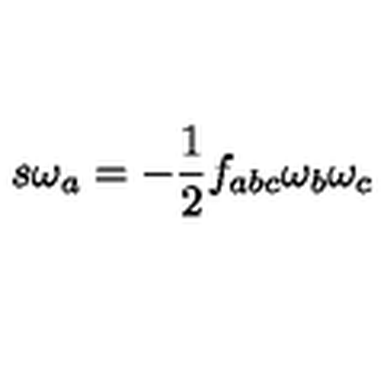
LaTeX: s \omega _ { a } = - \frac { 1 } { 2 } f _ { a b c } \omega _ { b } \omega _ { c }